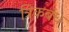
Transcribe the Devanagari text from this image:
त्रिकबंध